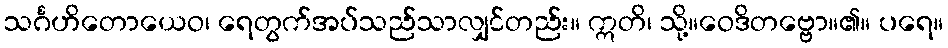
သင်္ဂဟိတောယေဝ၊ ရေတွက်အပ်သည်သာလျှင်တည်း။ ဣတိ၊ သို့။ဝေဒိတဗ္ဗော။၏။ ပရေ။